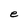
Character: e